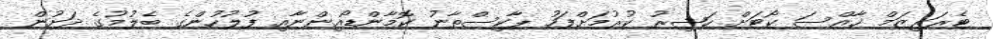
ޓެރަރިޒަމް ޚާއްސަ ކޯޓަށް ހަޟިރު ކުރުމަށްފަހު ޕާކިސްތާނު ކޮމާންޑޯއިންނާއި ފުލުހުންގެ ބެލުމުގެ ދަށުން